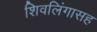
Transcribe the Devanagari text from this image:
शिवलिंगासह